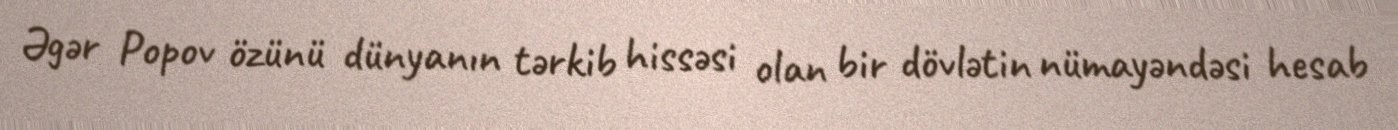
Əgər Popov özünü dünyanın tərkib hissəsi olan bir dövlətin nümayəndəsi hesab